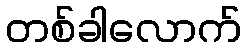
တစ်ခါလောက်